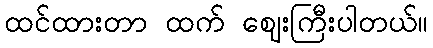
ထင်ထားတာ ထက် ဈေးကြီးပါတယ်။